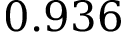
0 . 9 3 6